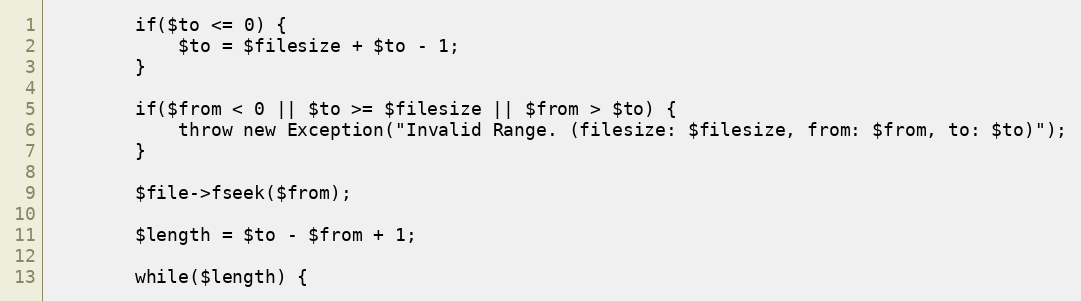
Language: PHP
        if($to <= 0) {
            $to = $filesize + $to - 1;
        }

        if($from < 0 || $to >= $filesize || $from > $to) {
            throw new Exception("Invalid Range. (filesize: $filesize, from: $from, to: $to)");
        }

        $file->fseek($from);

        $length = $to - $from + 1;

        while($length) {